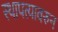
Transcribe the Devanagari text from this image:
स्थापत्यावरुन